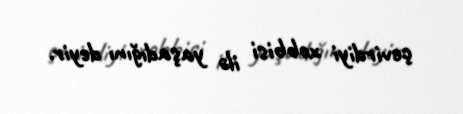
çevirdiyi xobbisi ilə yaşadığını deyir.